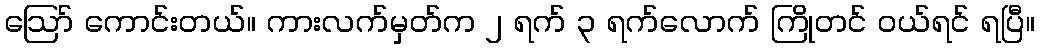
ဪ ကောင်းတယ်။ ကားလက်မှတ်က ၂ ရက် ၃ ရက်လောက် ကြိုတင် ဝယ်ရင် ရပြီ။